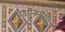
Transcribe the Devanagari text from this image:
प्रधानमंत्रियो